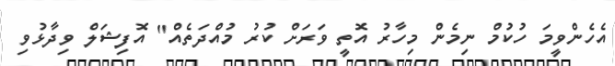
އެހެންވީމަ ހުކުމް ނިމެން މިހާރު އޮތީ ވަރަށް ކުރު މުއްދަތެއް" އޮފިޝަލް ވިދާޅުވި